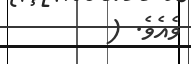
ވެއެވެ. (